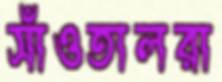
সাঁওতালরা